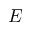
E